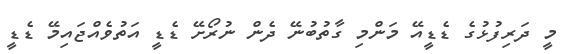
މީ ދަރިފުޅުގެ ޑެޑީއޭ މަންމި ގާތުބުނޭ ދެން ނުރޯށޭ ޑެޑީ އަތުވެއްޖައިމޭ ޑެޑީ